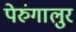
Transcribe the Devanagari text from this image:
पेरुंगालुर